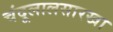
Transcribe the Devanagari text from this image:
चंदूलालसारखा